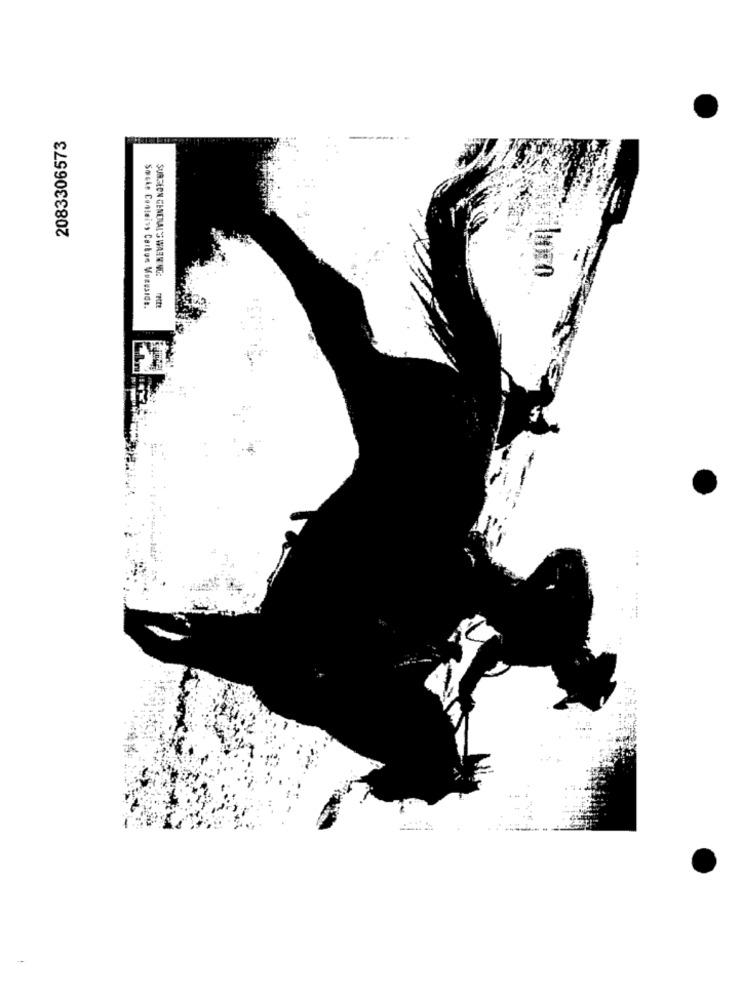
2083306573
SURGEON GENERAL'S WARN NO:
Socie Contains Carbon Muzuside.